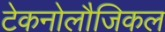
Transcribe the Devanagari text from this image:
टेकनोलौजिकल